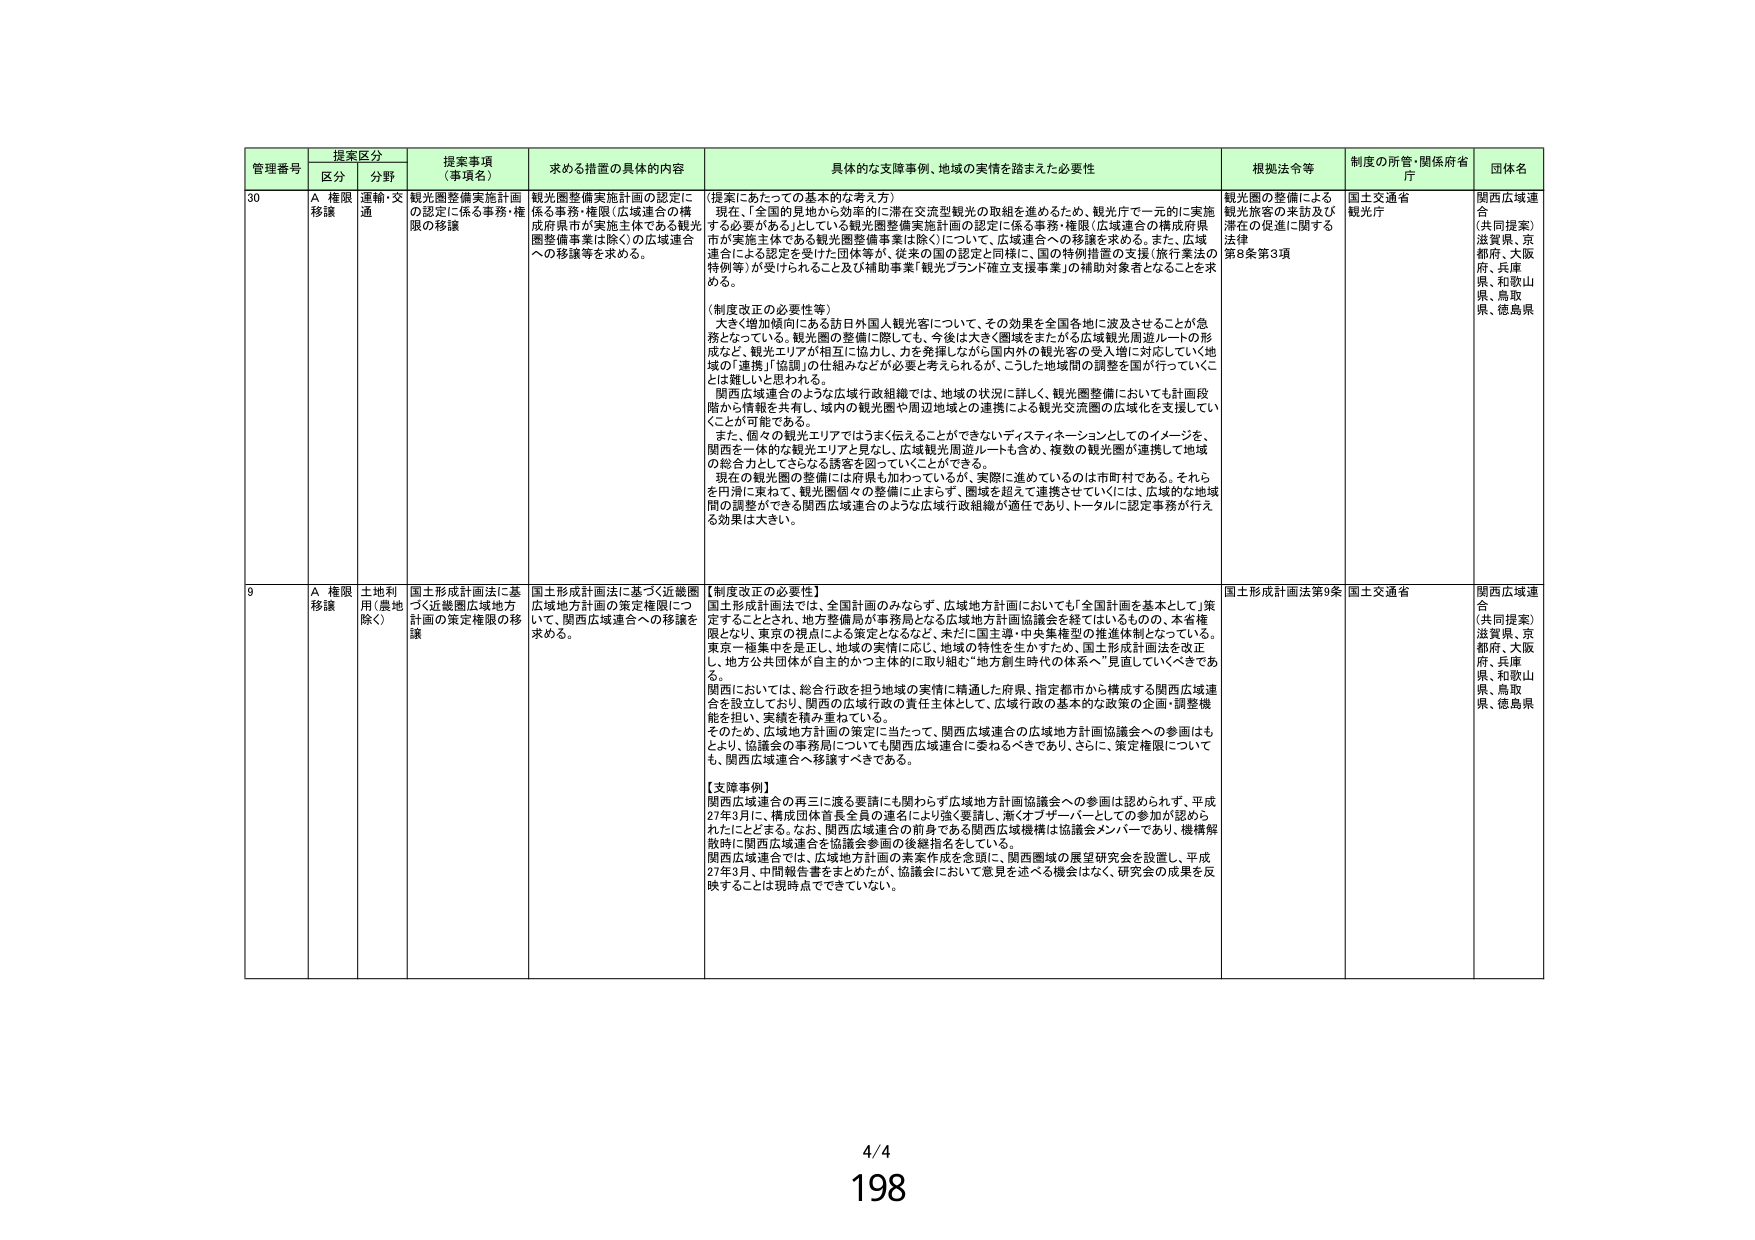
管理番号 提案区分 提案事項（事項名） 求める措置の具体的内容 具体的な支援事例、地域の実情を踏まえた必要性 根拠法令等 制度の所管・関係府省庁 団体名
区分 分野
30 A 権限移譲 運輸・交通 観光圏整備実施計画の認定に係る事務・権限（広域連合の構成府県市が実施主体である観光圏整備事業は除く）の広域連合への移譲 観光圏整備実施計画の認定に係る事務・権限（広域連合の構成府県市が実施主体である観光圏整備事業は除く）の広域連合への移譲等を求める。 （提案にあたっての基本的な考え方） 現在、「全国的見地から効率的に滞在交流型観光の取組を進めるため、観光庁で一元的に実施する必要がある」としている観光圏整備実施計画の認定に係る事務・権限（広域連合の構成府県市が実施主体である観光圏整備事業は除く）について、広域連合への移譲を求める。また、広域連合による認定を受けた団体等が、従来の国の認定と同様に、国の特例措置の支援（旅行業法の特例等）が受けられること及び補助事業「観光ブランド確立支援事業」の補助対象者となることを求める。 （制度改正の必要性等） 大きく増加傾向にある訪日外国人観光客について、その効果を全国各地に波及させることが急務となっている。観光圏の整備に際しても、今後は大きく圏域をまたがる広域観光周遊ルートの形成など、観光エリアが相互に協力し、力を発揮しながら国内外の観光客の受入増に対応していく地域の「連携」「協調」の仕組みなどが必要と考えられるが、こうした地域間の調整を国が行っていくことは難しいと思われる。 関西広域連合のような広域行政組織では、地域の状況に詳しく、観光圏整備においても計画段階から情報を共有し、域内の観光圏や周辺地域との連携による観光交流圏の広域化を支援していくことが可能である。 また、個々の観光エリアではうまく伝えことができないディスティネーションとしてのイメージを、関西を一体的な観光エリアと見なし、広域観光周遊ルートも含め、複数の観光圏が連携して地域の総合力としてさらなる誘客を図っていくことができる。 現在の観光圏の整備には府県も加わっているが、実際に進めているのは市町村である。それらを円滑に束ねて、観光圏個々の整備に止まらず、圏域を超えて連携させていくには、広域的な地域間の調整ができる関西広域連合のような広域行政組織が適任であり、トータルに認定事務が行える効果は大きい。 観光圏の整備による観光旅客の来訪及び滞在の促進に関する法律 第8条第3項 国土交通省 観光庁 関西広域連合 （共同提案） 滋賀県、京都府、大阪府、兵庫県、和歌山県、鳥取県、徳島県
9 A 権限移譲 土地利用（農地除く） 国土形成計画法に基づく近畿圏広域地方計画の策定権限の移譲 国土形成計画法に基づく近畿圏広域地方計画の策定権限について、関西広域連合への移譲を求める。 【制度改正の必要性】 国土形成計画法では、全国計画のみならず、広域地方計画においても「全国計画を基本として」策定することとされ、地方整備局が事務局となる広域地方計画協議会を経てはいるものの、本省権限となり、東京の視点による策定となるなど、未だに国主導・中央集権型の推進体制となっている。 東京一極集中を是正し、地域の実情に応じ、地域の特性を生かすため、国土形成計画法を改正し、地方公共団体が自主的かつ主体的に取り組む“地方創生時代の体系へ”見直していくべきである。 関西においては、総合行政を担う地域の実情に精通した府県、指定都市から構成する関西広域連合を設立しており、関西の広域行政の責任主体として、広域行政の基本的な政策の企画・調整機能を担い、実績を積み重ねている。 そのため、広域地方計画の策定に当たって、関西広域連合の広域地方計画協議会への参画はもとより、協議会の事務局についても関西広域連合に委ねるべきであり、さらに、策定権限についても、関西広域連合へ移譲すべきである。 【支援事例】 関西広域連合の再三に渡る要請にも関わらず広域地方計画協議会への参画は認められず、平成27年3月に、構成団体首長全員の連名により強く要請し、漸くオブザーバーとしての参加が認められたこととする。なお、関西広域連合の前身である関西広域機構は協議会メンバーであり、機構解散時に関西広域連合を協議会参画の後継指定をしている。 関西広域連合では、広域地方計画の実案作成を念頭に、関西圏域の展望研究会を設置し、平成27年3月、中間報告書をまとめたが、協議会において意見を述べる機会はなく、研究会の成果を反映することは現時点できていない。 国土形成計画法第9条 国土交通省 関西広域連合 （共同提案） 滋賀県、京都府、大阪府、兵庫県、和歌山県、鳥取県、徳島県
4/4
198